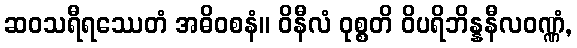
ဆဝသရီရဿေတံ အဓိဝစနံ။ ဝိနီလံ ဝုစ္စတိ ဝိပရိဘိန္နနီလဝဏ္ဏံ,